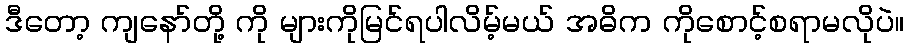
ဒီတော့ ကျနော်တို့ ကို များကိုမြင်ရပါလိမ့်မယ် အဓိက ကိုစောင့်စရာမလိုပဲ။